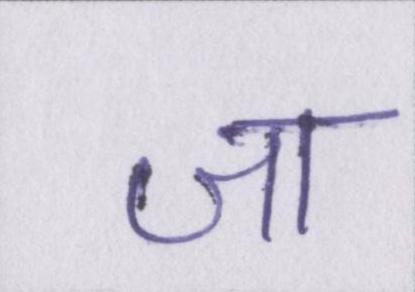
जा